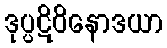
ဒုပ္ပဋိဝိနောဒယာ